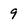
Character: 9